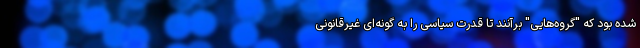
شده بود که "گروه‌هایی" برآنند تا قدرت سیاسی را به گونه‌ای غیرقانونی